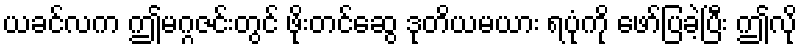
ယခင်လက ဤမဂ္ဂဇင်းတွင် ဖိုးတင်ဆွေ ဒုတိယမယား ရပုံကို ဖော်ပြခဲ့ပြီး ဤလို